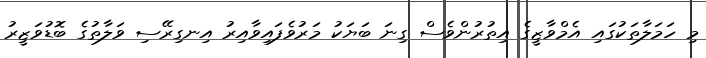
މި ހަމަލާތަކުގައި އެމްވާޒީގެ އިތުރުންވެސް ގިނަ ބަޔަކު މަރުވެފައިވާއިރު އިނގިރޭސި ވަލާތުގެ ބޮޑުވަޒީރު